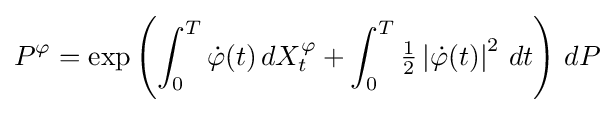
P^{\varphi }=\exp \left(\int _{0}^{T}{\dot {\varphi }}(t)\,dX_{t}^{\varphi }+\int _{0}^{T}{\tfrac {1}{2}}\left|{\dot {\varphi }}(t)\right|^{2}\,dt\right)\,dP